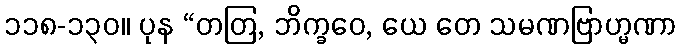
၁၁၈-၁၃၀။ ပုန “တတြ, ဘိက္ခဝေ, ယေ တေ သမဏဗြာဟ္မဏာ